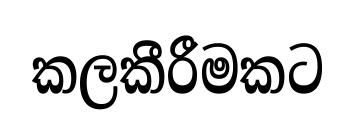
කලකීරීමකට